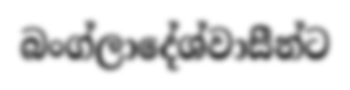
බංග්ලාදේශ්වාසීන්ට